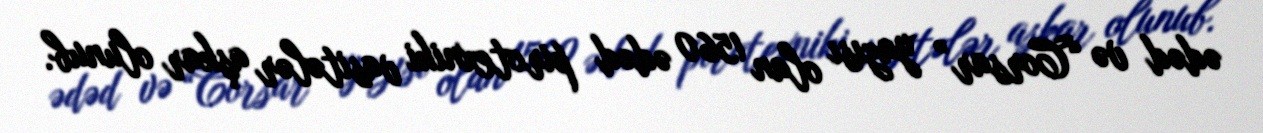
ədəd və “Corsar” yazısı olan 1560 ədəd pirotexniki vasitələr aşkar olunub.